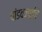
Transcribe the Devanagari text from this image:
पांडवजाईचे